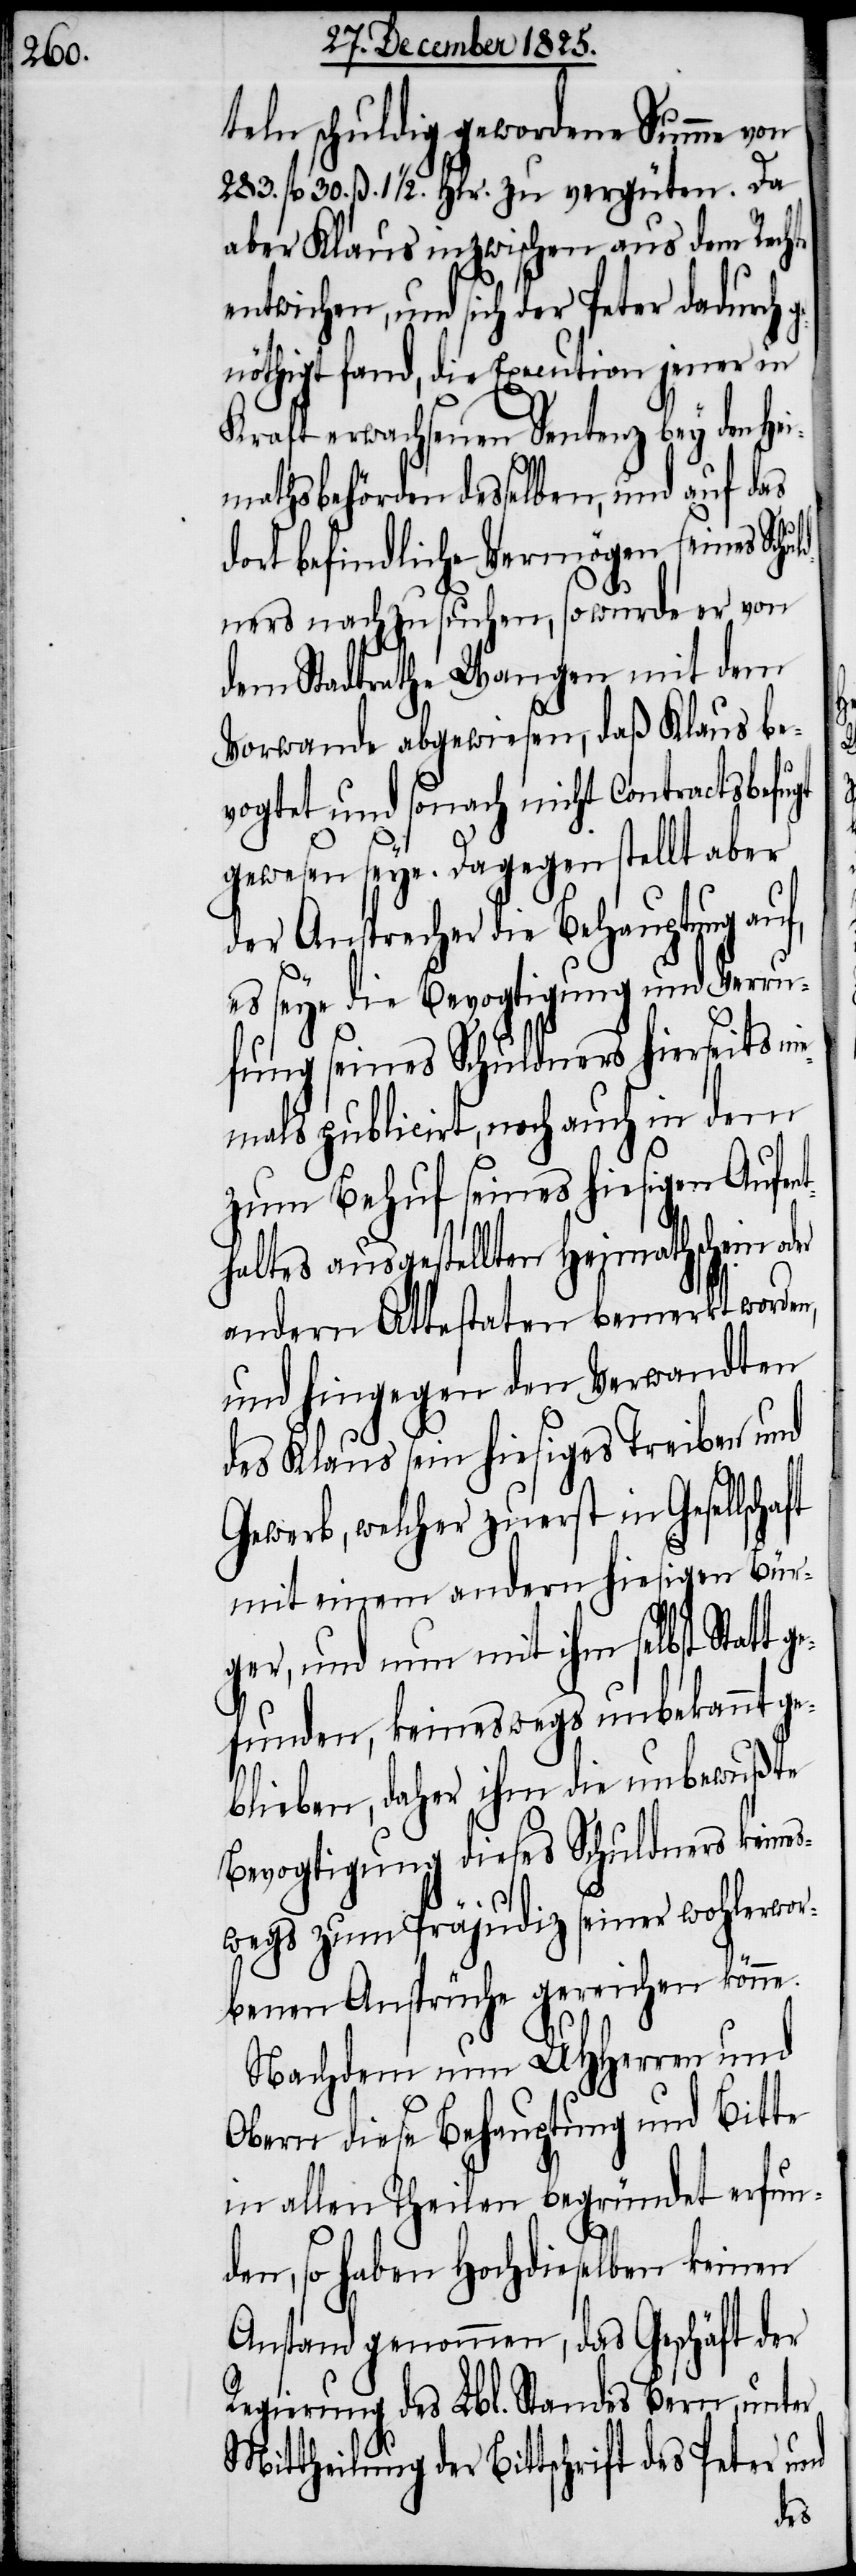
teln schuldig gewordene Summe von
283. fl. 30. ß. 1 1/2. Hlr. zu vergüten. Da
aber Klaus inzwischen aus dem Rechte
entwichen, und sich der Peter dadurch
nöthigt fand, die Execution jener in
Kraft erwachsenen Sentenz bey den He¬
imathsbehörden desselben, und auf das
dort befindliche Vermögen seines Schu¬
ldners nachzusuchen, so wurde er von
dem Stadtrathe Wangen mit dem
Vorwande abgewiesen, daß Klaus be¬
vogtet und sonach nicht Contractsbefugt
gewesen seye. Dagegen stellt aber
der Ansprecher die Behauptung auf,
es seye die Bevogtigung und Verru¬
fung seines Schuldners hierseits
niemals publicirt, noch auch in dem
zum Behuf seines hiesigen Aufen¬
thaltes ausgestellten Heimathschein
andern Attestaten bemerkt worde¬
und hingegen den Verwandten
des Klaus sein hiesigen Treiben und
Gewerb, welcher zuerst in Gesellsc¬
mit einem andern hiesigen Bür¬
ger, und nun mit ihm selbst Statt
gefunden, keineswegs unbekannt ge¬
blieben, daher ihm die unbewußte
Bevogtigung dieses Schuldners keines¬
haft
wegs zum Präjudiz seiner wohlerwor¬
benen Ansprüche gereichen könne.
Nachdem nun UHHerren und
Obern diese Behauptung und Bitte
in allen Theilen begründet erfun¬
den, so haben Hochdieselben keinen
Anstand genommen, das Geschäft der
Regierung des Lbl. Standes Bern, unter
Mittheilung der Bittschrift des Peter